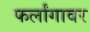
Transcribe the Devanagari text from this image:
फर्लांगावर